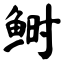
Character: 鲥